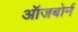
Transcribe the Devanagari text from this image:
ऑजबोर्न